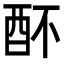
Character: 𨟷